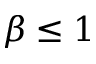
\beta \leq 1